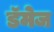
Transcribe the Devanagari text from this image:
डॅमेज